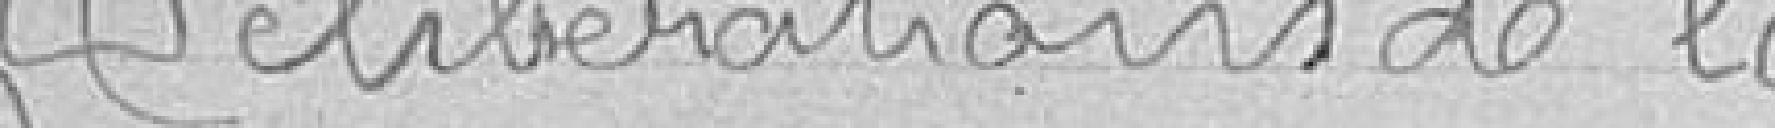
délibérations de la